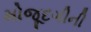
મોજૂદગીની